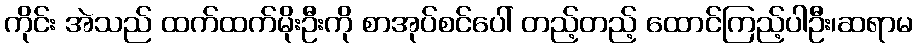
ကိုင်း အဲသည် ထက်ထက်မိုးဦးကို စာအုပ်စင်ပေါ် တည့်တည့် ထောင်ကြည့်ပါဦး၊ဆရာမ